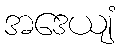
အဒေယျံ